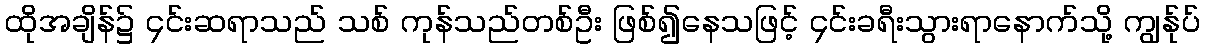
ထိုအချိန်၌ ၄င်းဆရာသည် သစ် ကုန်သည်တစ်ဦး ဖြစ်၍နေသဖြင့် ၄င်းခရီးသွားရာနောက်သို့ ကျွန်ုပ်